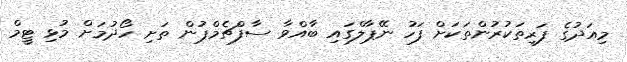
މިއަދުގެ ފަރިތަކުރުންތަކަށް ފަހު ނޭޕާލްގައި ބާއްވާ ސާފްޗެމްޕުން ތަށި ހޯދުމަށް މުޅި ޓީމް